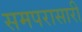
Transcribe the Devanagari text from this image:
समपरासारी